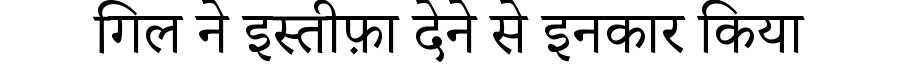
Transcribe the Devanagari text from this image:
गिल ने इस्तीफ़ा देने से इनकार किया